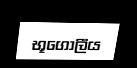
භූගෝලීය